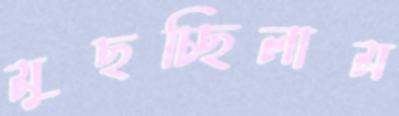
মুছচ্ছিলাম